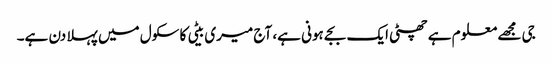
جی مجھے معلوم ہے چھٹی ایک بجے ہونی ہے، آج میری بیٹی کا سکول میں پہلا دن ہے۔